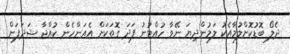
ދެލޯ ބޮޑުކޮށްލުމާއެކު ލަމުންދިޔަ ނޭވާ ހުއްޓުނު ފަދަ ގޮތަކަށް އެއަންހެން ކުއްޖާ ޝަދަފަށް